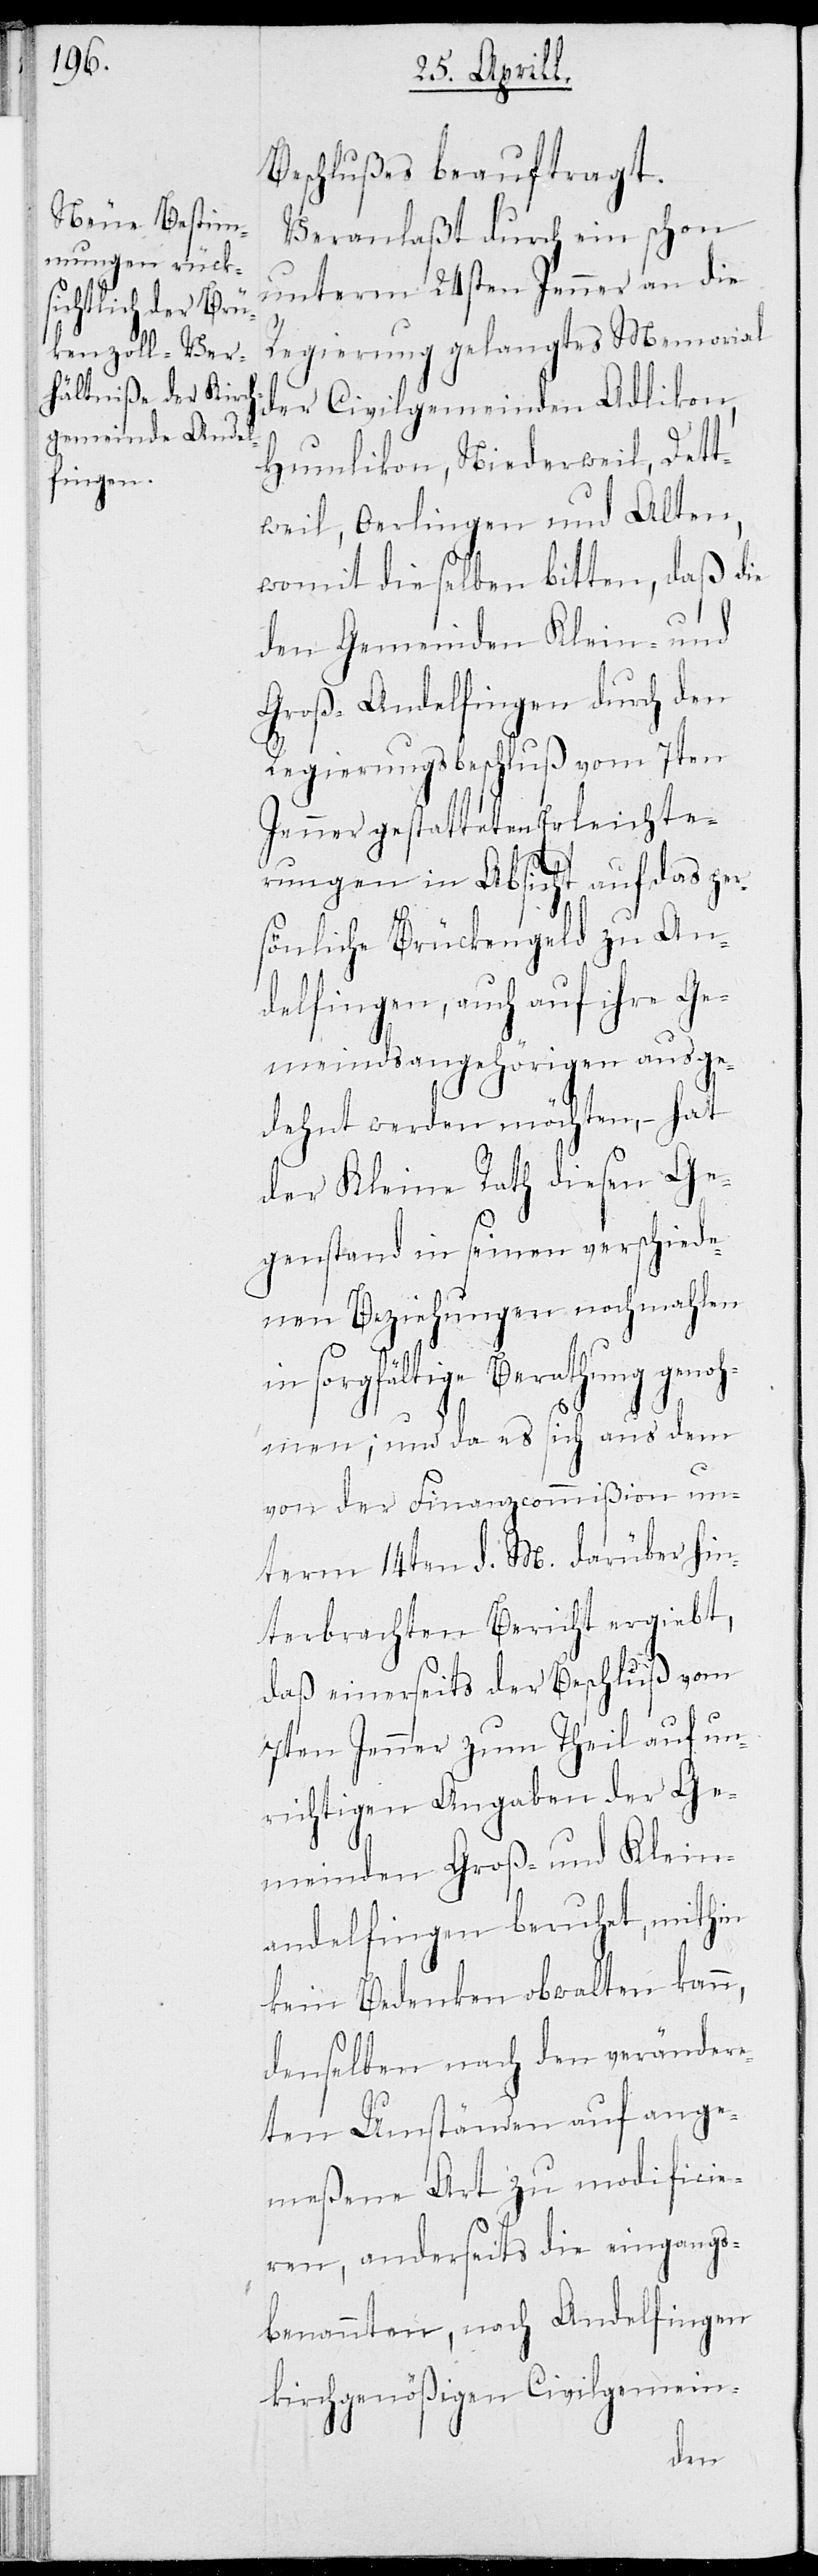
Beschlußes beauftragt.
Veranlaßt durch ein schon
am 24sten Jenner an die
Regierung gelangtes Memorial
der Civilgemeinden Adlikon,
Humlikon , Niederweil, Dett¬
weil, Oerlingen und Alten,
womit dieselben bitten, daß die
den Gemeinden Klein- und
Groß-Andelfingen durch den
Regierungsbeschluß vom 7ten
Jenner gestatteten Erleichte¬
rungen in Absicht auf das per¬
sönliche Brückengeld zu An¬
delfingen, auch auf ihre Ge¬
meindsangehörigen ausge¬
dehnt werden möchten, – hat
der Kleine Rath diesen Ge¬
genstand in seinen verschiede¬
nen Beziehungen nochmahlen
in sorgfältige Berathung genoh¬
men; und da es sich aus dem
von der Finanzcommißion un¬
term 14ten d. M. darüber hin¬
terbrachten Bericht ergiebt,
daß einerseits der Beschluß vom
7ten Jenner zum Theil auf un¬
richtigen Angaben der Ge¬
meinden Groß- und Klein-A¬
ndelfingen beruht, mithin
kein Bedenken obwalten kann,
denselben nach den veränder¬
ten Umständen auf ange¬
meßene Art zu modificie¬
ren, anderseits die eingangs¬
benannten, nach Andelfingen
kirchgenößigen Civilgemein-